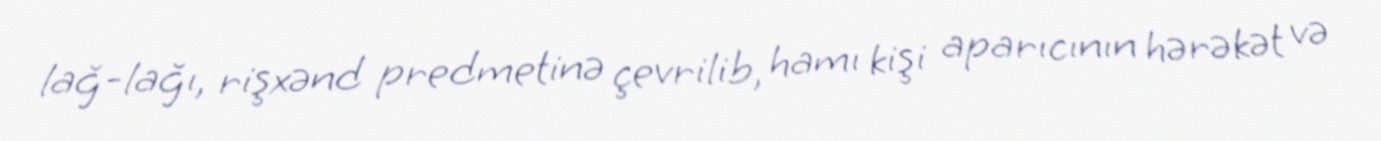
lağ-lağı, rişxənd predmetinə çevrilib, hamı kişi aparıcının hərəkət və